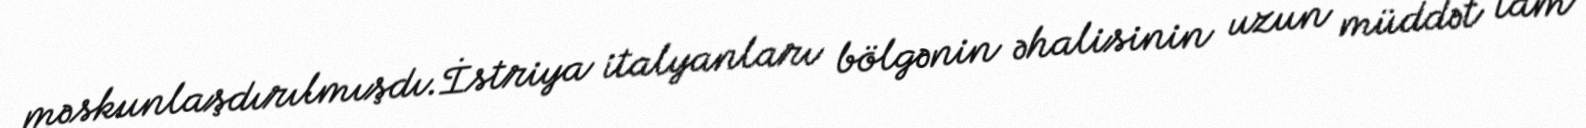
məskunlaşdırılmışdı.İstriya italyanları bölgənin əhalisinin uzun müddət tam